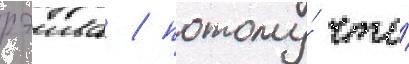
рэива / потому́ что́